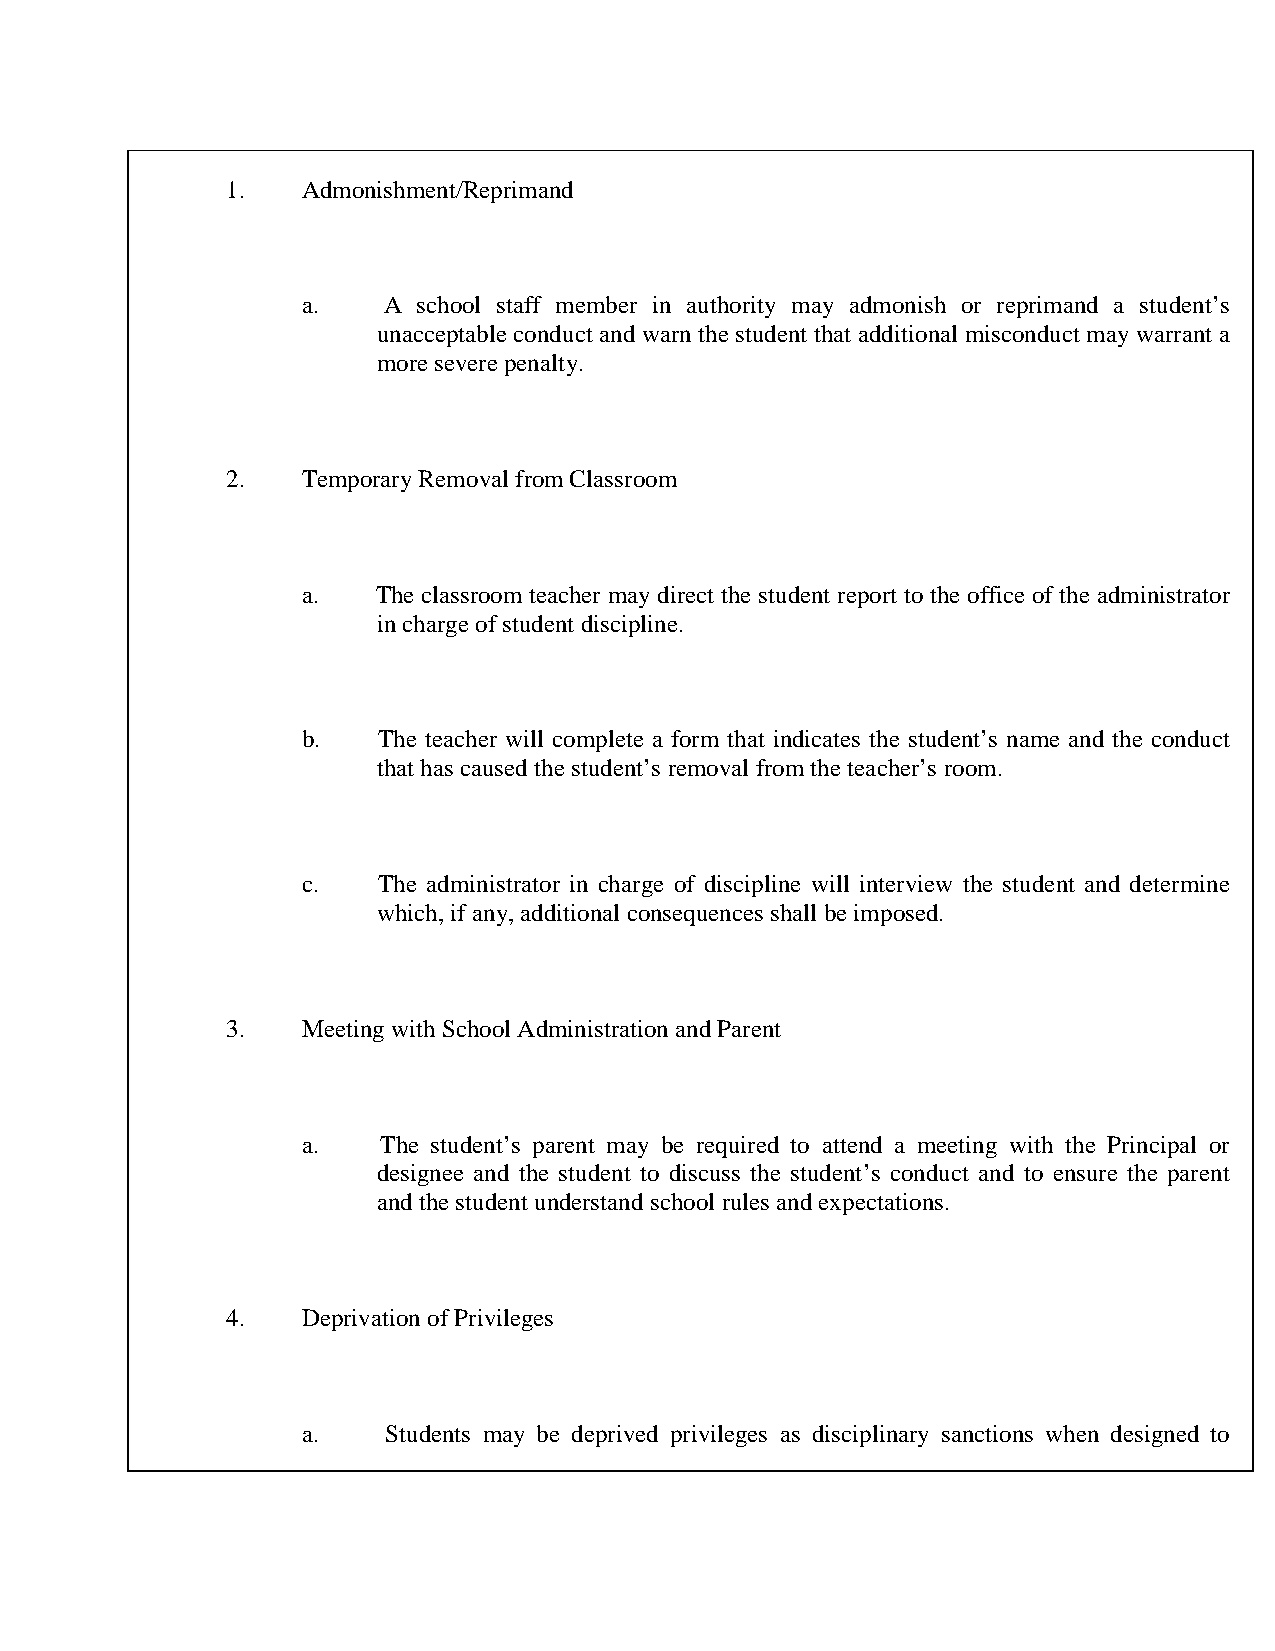
1.   Admonishment/Reprimand
 a.   A  school staff member in authority may admonish or reprimand a student’s
 unacceptable conduct and warn the student that additional misconduct may warrant a
 more severe penalty.
 2.   Temporary Removal from Classroom
 a.   The classroom teacher may direct the student report to the office of the administrator
 in charge of student discipline.
 b.   The teacher will complete a form that indicates the student’s name and the conduct
 that has caused the student’s removal from the teacher’s room.
 c.   The administrator in charge of discipline will interview the student and determine
 which, if any, additional consequences shall be imposed.
 3.   Meeting with School Administration and Parent
 a.   The student’s parent may be required to attend a meeting with the Principal or
 designee and the student to discuss the student’s conduct and to ensure the parent
 and the student understand school rules and expectations.
 4.   Deprivation of Privileges
 a.   Students may be deprived privileges as disciplinary sanctions when designed to